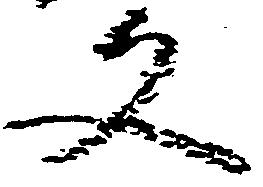
文